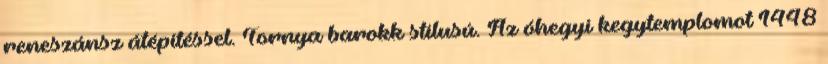
reneszánsz átépítéssel. Tornya barokk stílusú. Az óhegyi kegytemplomot 1448